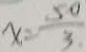
x = \frac { 5 0 } { 3 }